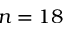
n = 1 8